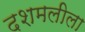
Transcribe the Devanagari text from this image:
दशमलीला